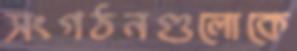
সংগঠনগুলোকে